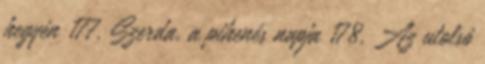
hegyén 177. Szerda, a pihenés napja 178. Az utolsó